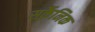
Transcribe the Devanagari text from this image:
सर्कैनिक